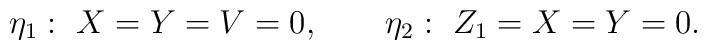
\eta_1:\ X=Y=V=0,\qquad \eta_2:\ Z_1=X=Y=0.